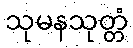
သုမနသုတ္တံ